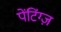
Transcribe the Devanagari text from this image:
पेंटिंग्ज़